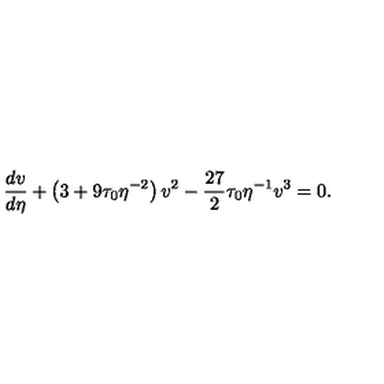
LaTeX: \frac { d v } { d \eta } + \left( 3 + 9 \tau _ { 0 } \eta ^ { - 2 } \right) v ^ { 2 } - \frac { 2 7 } 2 \tau _ { 0 } \eta ^ { - 1 } v ^ { 3 } = 0 .